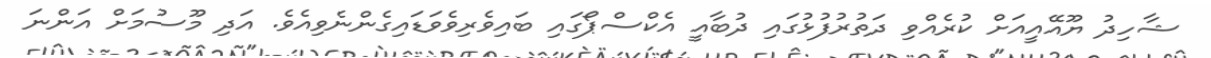
ޝާހިދު ޔޫއޭއީއަށް ކުރެއްވި ދަތުރުފުޅުގައި ދުބާއީ އެކްސްޕޯގައި ބައިވެރިވެވަޑައިގެންނެވިއެވެ. އަދި މޫސުމަށް އަންނަ